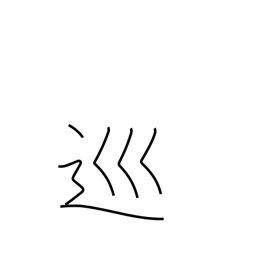
Meaning: patrol